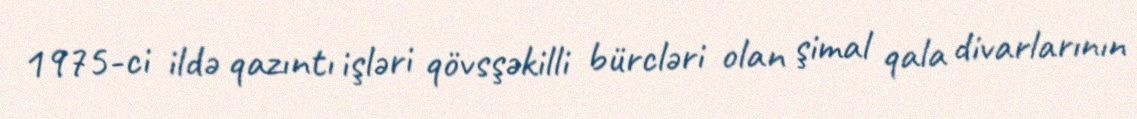
1975-ci ildə qazıntı işləri qövsşəkilli bürcləri olan şimal qala divarlarının